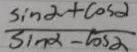
\frac { \sin \alpha + \cos \alpha } { \sin \alpha - \cos \alpha }